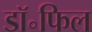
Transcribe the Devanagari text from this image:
डॉ॰फिल